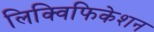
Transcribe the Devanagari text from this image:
लिक्विफिकेशन